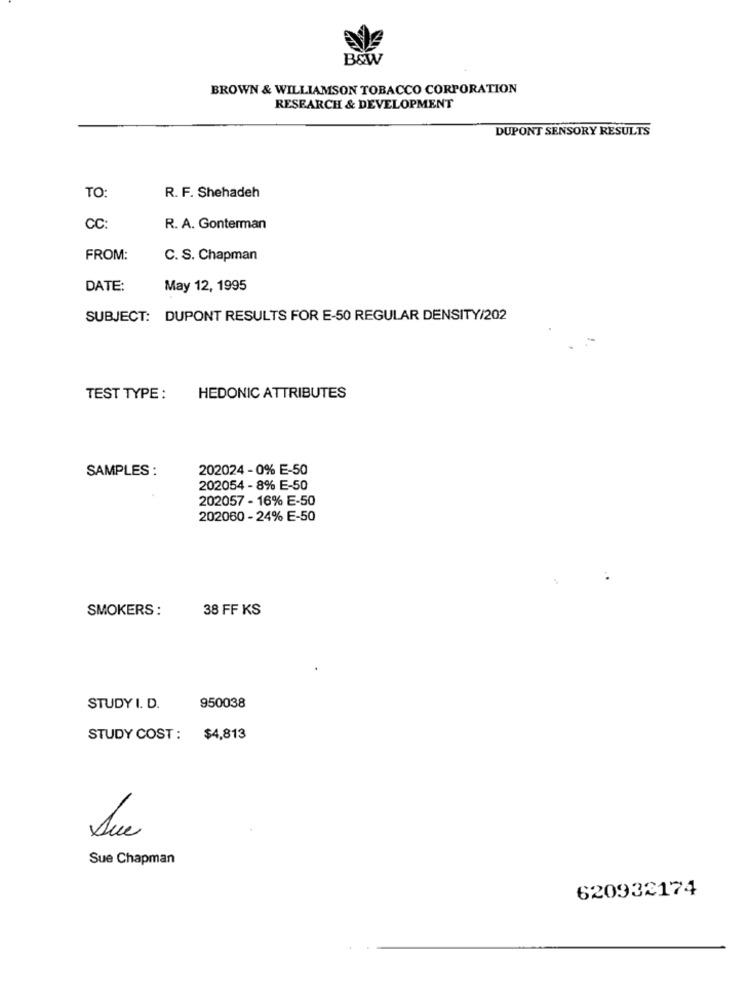
B&W
BROWN & WILLIAMSON TOBACCO CORPORATION
RESEARCH & DEVELOPMENT
DUPONT SENSORY RESULTS
TO:
R. F. Shehadeh
CC:
R. A. Gonterman
FROM:
C. S. Chapman
DATE:
May 12, 1995
SUBJECT: DUPONT RESULTS FOR E-50 REGULAR DENSITY/202
TEST TYPE :
HEDONIC ATTRIBUTES
SAMPLES :
202024 - 0% E-50
202054 - 8% E-50
202057 - 16% E-50
202060 - 24% E-50
SMOKERS :
38 FF KS
STUDY I. D.
950038
STUDY COST: $4,813
Sue Chapman
620932174